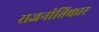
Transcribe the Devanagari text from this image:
राजनीतिकार